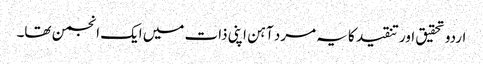
اردو تحقیق اور تنقید کا یہ مرد آہن اپنی ذات میں ایک انجمن تھا۔